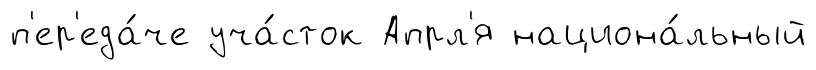
п'ер'еда́че уча́сток Апрл'я национа́льный